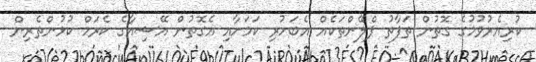
ކުރިއެރުވުމުގެ ގޮތުން ތަފާތު ޕްލޭންތަކެއް އެބަހުރި ކަމަށާއި އެގޮތުން އޭޝިއާގެ ކެރަމް ކުޅުންތެރިން